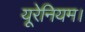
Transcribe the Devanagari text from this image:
यूरेनियम।